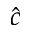
\hat { c }